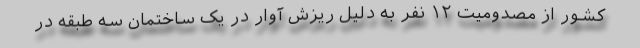
کشور از مصدومیت ۱۲ نفر به دلیل ریزش آوار در یک ساختمان سه طبقه در